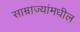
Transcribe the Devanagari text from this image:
साम्राज्यांमधील